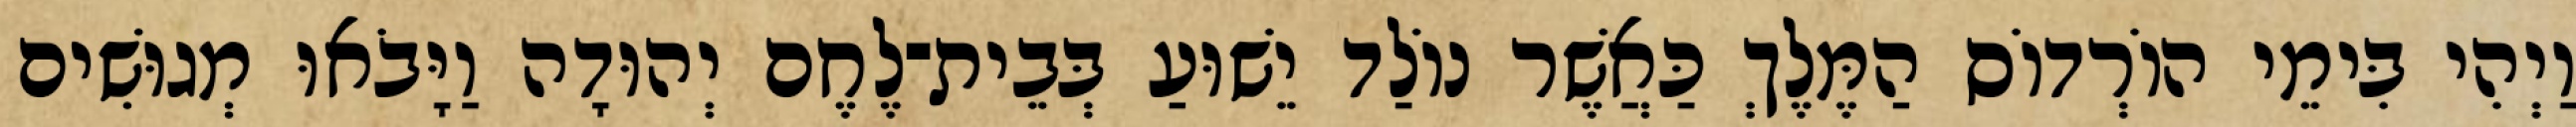
וַיְהִי בִּימֵי הוֹרְדוֹס הַמֶּלֶךְ כַּאֲשֶׁר נוֹלַד יֵשׁוּעַ בְּבֵית־לֶחֶם יְהוּדָה וַיָּבֹאוּ מְגוּשִׁים